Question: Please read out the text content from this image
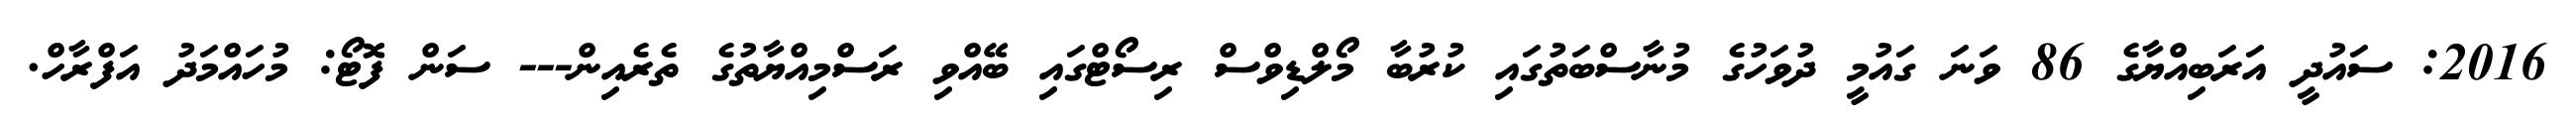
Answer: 2016: ސައުދީ އަރަބިއްޔާގެ 86 ވަނަ ގައުމީ ދުވަހުގެ މުނާސްބަތުގައި ކުރުބާ މޯލްޑިވްސް ރިސޯޓްގައި ބޭއްވި ރަސްމިއްޔާތުގެ ތެރެއިން--- ސަން ފޮޓޯ: މުހައްމަދު އަފްރާހް.